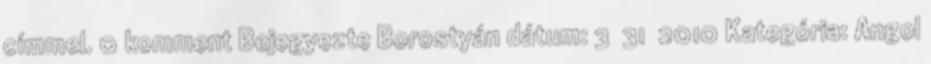
címmel. 0 komment Bejegyezte Borostyán dátum: 3 31 2010 Kategória: Angol